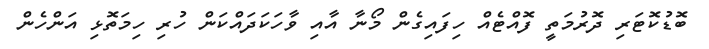
ބޮޑުކޮޓަރި ދޮރުމަތީ ފޮއްޓެއް ހިފައިގެން މޯނާ އާއި ވާހަކަދައްކަން ހުރި ހިމަތޮޅި އަންހެން